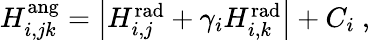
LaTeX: \begin{array}{r}{H_{i,jk}^{\mathrm{ang}}=\left|H_{i,j}^{\mathrm{rad}}+\gamma_{i}H_{i,k}^{\mathrm{rad}}\right|+C_{i}\ ,}\end{array}